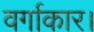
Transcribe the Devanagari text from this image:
वर्गाकार।